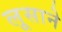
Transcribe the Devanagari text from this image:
लूसाने